Civil Veterinary Department Bengal reports 1923-33 - 1923-1933
Year: 1923
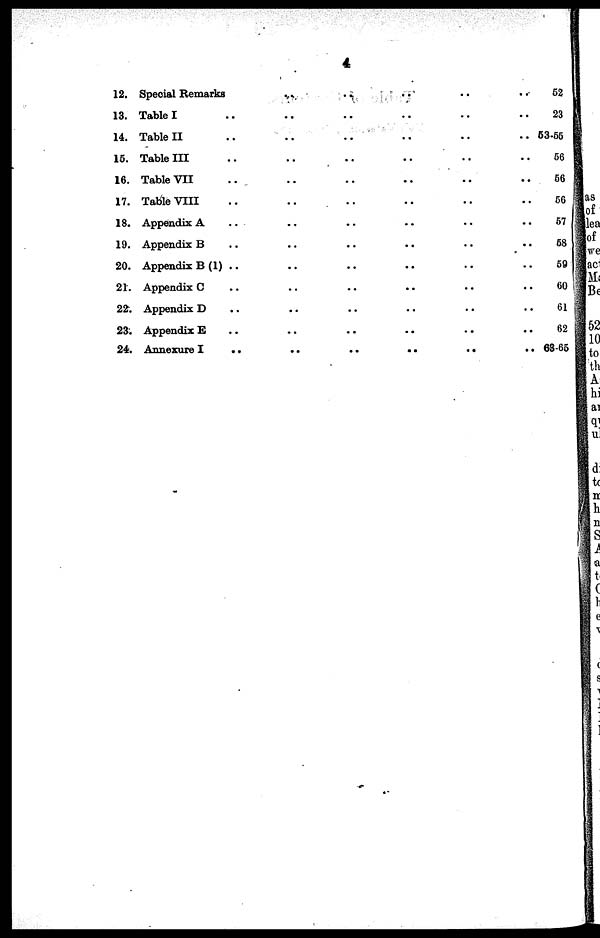
4
12. Special Remarks .. .. .. .. ..
13. Table I .. .. .. .. .. ..
14. Table II .. .. .. .. .. ..
15. Table III .. .. .. .. .. ..
16. Table VII .. .. .. .. .. ..
17. Table VIII .. .. .. .. .. ..
18. Appendix A .. .. .. .. .. ..
19. Appendix B .. .. .. .. .. ..
20. Appendix B (1) .. .. .. .. .. ..
21. Appendix C .. .. .. .. .. ..
22. Appendix D .. .. .. .. .. ..
23. Appendix E .. .. .. .. .. ..
24. Annexure I .. .. .. .. .. ..
62
23
53-55
66
66
56
67
58
59
60
61
62
63-65